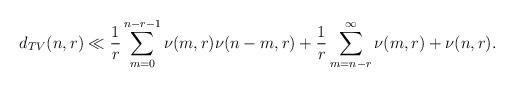
LaTeX: \begin{align*}d_{TV}(n,r)\ll \frac{1}{r}\sum_{m=0}^{n-r-1} \nu(m,r)\nu(n-m,r)+\frac{1}{r}\sum_{m=n-r}^\infty\nu(m,r)+\nu(n,r).\end{align*}